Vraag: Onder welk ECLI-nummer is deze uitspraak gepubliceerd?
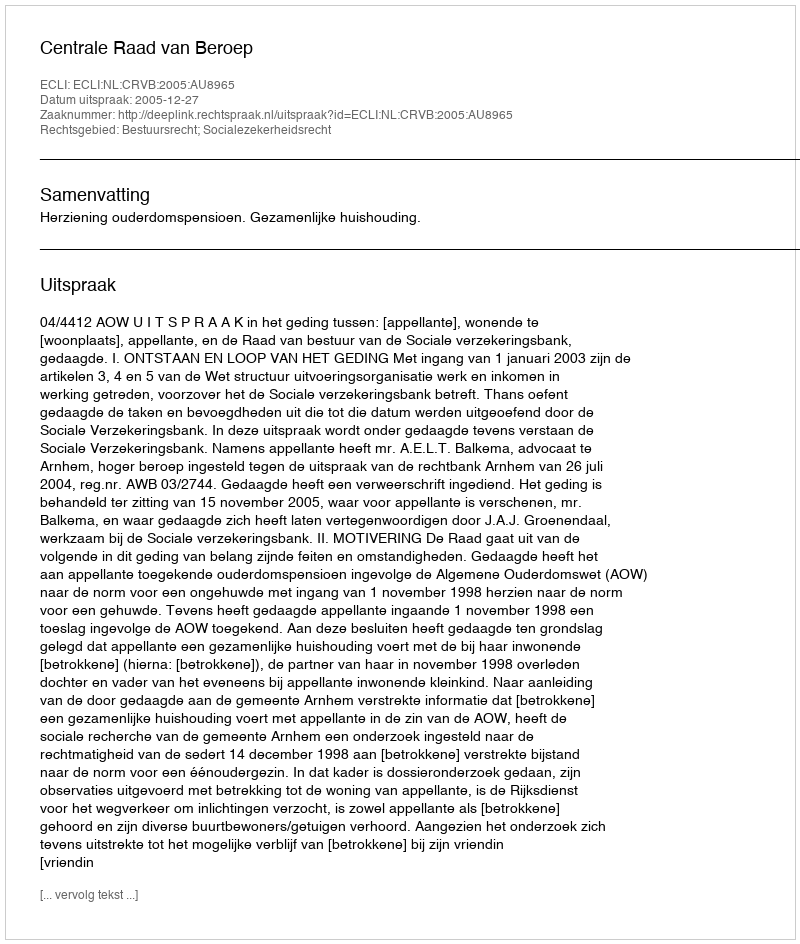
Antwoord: ECLI:NL:CRVB:2005:AU8965